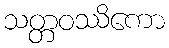
သတ္တဝဿိကော